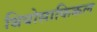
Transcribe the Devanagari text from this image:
थियोसाफिकल